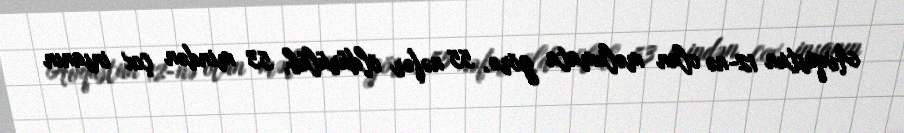
Avqustun 12-nə olan məlumata görə, 55 nəfər öldürülüb, 53 mindən çox insanın